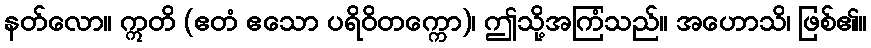
နတ်လော။ ဣတိ (ဧတံ ဧသော ပရိဝိတက္ကော)၊ ဤသို့အကြံသည်။ အဟောသိ၊ ဖြစ်၏။